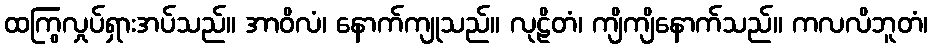
ထကြွလှုပ်ရှားအပ်သည်။ အာဝိလံ၊ နောက်ကျုသည်။ လုဠိတံ၊ ကျိကျိနောက်သည်။ ကလလိဘူတံ၊